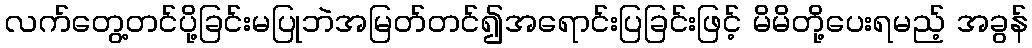
လက်တွေ့တင်ပို့ခြင်းမပြုဘဲအမြတ်တင်၍အရောင်းပြခြင်းဖြင့် မိမိတို့ပေးရမည့် အခွန်